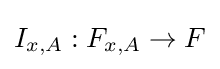
I_{x,A}:F_{x,A}\to F